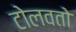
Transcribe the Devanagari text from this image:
टोलवतो